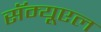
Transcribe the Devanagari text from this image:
सॅम्यूएल